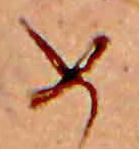
め